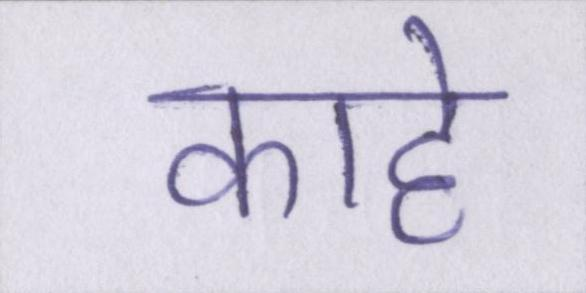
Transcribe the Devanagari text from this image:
काहे